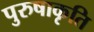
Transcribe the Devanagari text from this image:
पुरुषाकृति